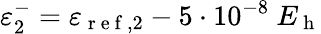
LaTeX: \varepsilon_{2}^{-}=\varepsilon_{\mathrm{~r~e~f~},2}-5\cdot 10^{-8}\ E_{\mathrm{~h~}}